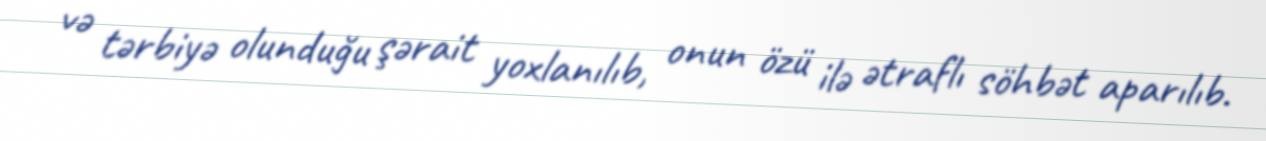
və tərbiyə olunduğu şərait yoxlanılıb, onun özü ilə ətraflı söhbət aparılıb.